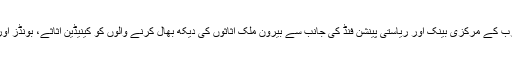
ادھر برطانوی اخبار فنانشل ٹائمز نے اپنی رپورٹ میں بتایا تھا کہ سعودی عرب کے مرکزی بینک اور ریاستی پینشن فنڈ کی جانب سے بیرونِ ملک اثاثوں کی دیکھ بھال کرنے والوں کو کینیڈین اثاثے، بونڈز اور رقم کو مالیت کی پرواہ نہ کرتے ہوئے انہیں ترک کرنے کا حکم دیا گیا تھا۔